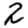
Digit: 2